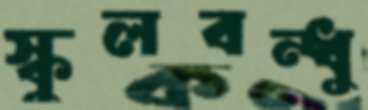
স্কুলবন্ধু